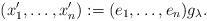
LaTeX: \begin{align*} (x^\prime_1 , \ldots , x^\prime_n) := (e_1, \ldots, e_n) g_\lambda . \end{align*}